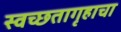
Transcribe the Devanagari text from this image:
स्वच्छतागृहाचा